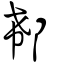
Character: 郗